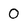
Character: 0